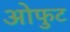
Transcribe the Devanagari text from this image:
ओफुट